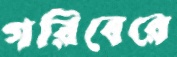
গরিবেরে